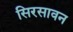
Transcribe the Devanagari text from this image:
सिरसावन